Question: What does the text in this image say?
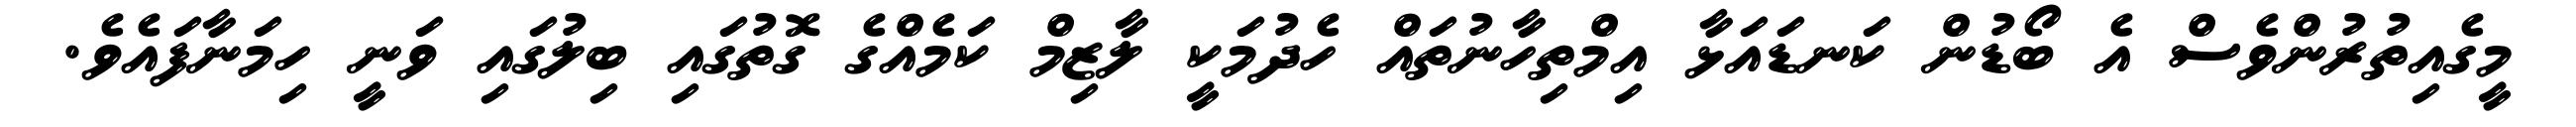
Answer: މީގެއިތުރުންވެސް އެ ބޯޑުން ކަނޑައަޅާ އިމްތިހާނުތައް ހެދުމަކީ ލާޒިމް ކަމެއްގެ ގޮތުގައި ބިލުގައި ވަނީ ހިމަނާފައެވެ.